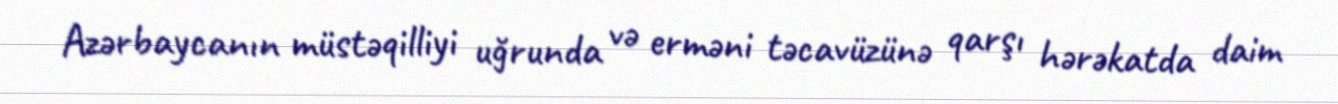
Azərbaycanın müstəqilliyi uğrunda və erməni təcavüzünə qarşı hərəkatda daim